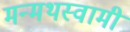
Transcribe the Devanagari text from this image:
मन्मथस्वामी